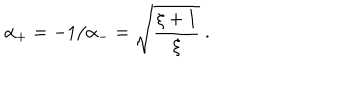
LaTeX: \alpha _ { + } = - 1 / \alpha _ { - } = \sqrt { \frac { \xi + 1 } { \xi } } \ .